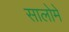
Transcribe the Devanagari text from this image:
सालोमे